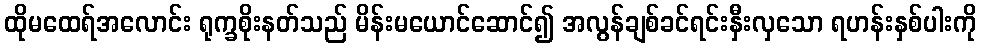
ထိုမထေရ်အလောင်း ရုက္ခစိုးနတ်သည် မိန်းမယောင်ဆောင်၍ အလွန်ချစ်ခင်ရင်းနှီးလှသော ရဟန်းနှစ်ပါးကို